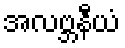
အလဗ္ဘနီယံ